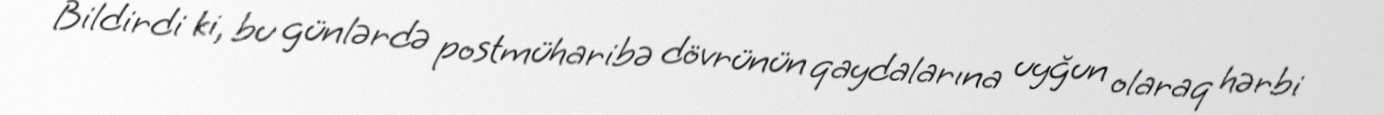
Bildirdi ki, bu günlərdə postmüharibə dövrünün qaydalarına uyğun olaraq hərbi